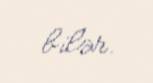
bilər.